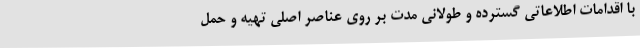
با اقدامات اطلاعاتی گسترده و طولانی مدت بر روی عناصر اصلی تهیه و حمل